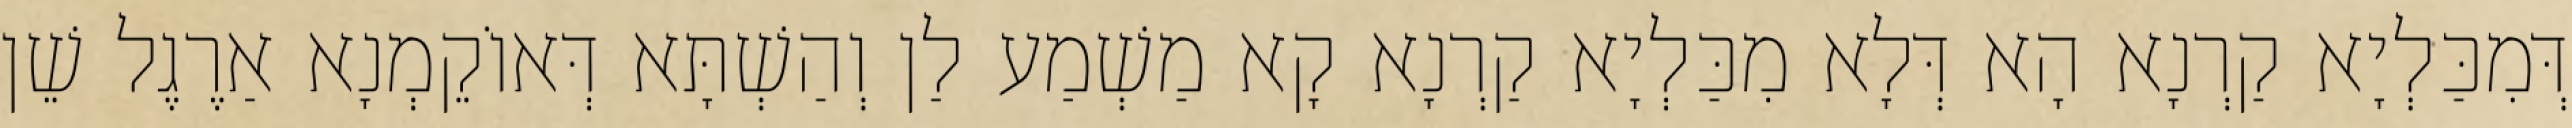
דְּמִכַּלְיָא קַרְנָא הָא דְּלָא מִכַּלְיָא קַרְנָא קָא מַשְׁמַע לַן וְהַשְׁתָּא דְּאוֹקֵמְנָא אַרֶגֶל שֵׁן